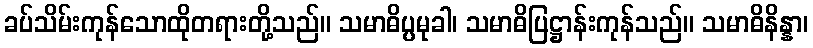
ခပ်သိမ်းကုန်သောထိုတရားတို့သည်။ သမာဓိပ္ပမုခါ၊ သမာဓိပြဋ္ဌာန်းကုန်သည်။ သမာဓိနိန္နာ၊